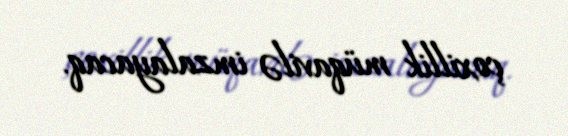
çoxillik müqavilə imzalayacaq.